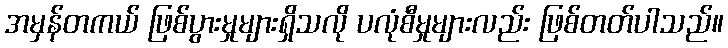
အမှန်တကယ် ဖြစ်ပွားမှုများရှိသလို ပလုံစီမှုများလည်း ဖြစ်တတ်ပါသည်။